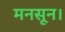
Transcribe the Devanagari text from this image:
मनसून।